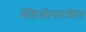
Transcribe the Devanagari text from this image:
मेडिसीनमधील